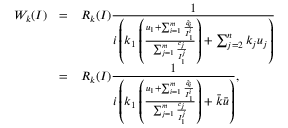
\begin{array} { r c l } { W _ { k } ( I ) } & { = } & { \displaystyle R _ { k } ( I ) \frac { 1 } { i \left( k _ { 1 } \left( \frac { u _ { 1 } + \sum _ { i = 1 } ^ { m } \frac { \hat { q } _ { i } } { I _ { 1 } ^ { i } } } { \sum _ { j = 1 } ^ { m } \frac { c _ { j } } { I _ { 1 } ^ { j } } } \right) + \sum _ { j = 2 } ^ { n } k _ { j } u _ { j } \right) } } \\ & { = } & { \displaystyle R _ { k } ( I ) \frac { 1 } { i \left( k _ { 1 } \left( \frac { u _ { 1 } + \sum _ { i = 1 } ^ { m } \frac { \hat { q } _ { i } } { I _ { 1 } ^ { i } } } { \sum _ { j = 1 } ^ { m } \frac { c _ { j } } { I _ { 1 } ^ { j } } } \right) + \bar { k } \bar { u } \right) } , } \end{array}